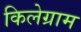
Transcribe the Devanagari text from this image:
किलेग्राम